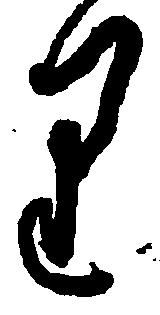
り